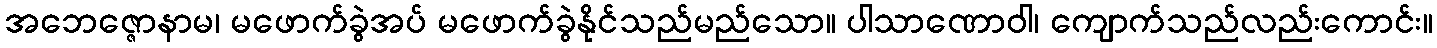
အဘေဇ္ဇောနာမ၊ မဖောက်ခွဲအပ် မဖောက်ခွဲနိုင်သည်မည်သော။ ပါသာဏောဝါ၊ ကျောက်သည်လည်းကောင်း။